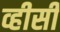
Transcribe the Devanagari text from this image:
व्हीसी